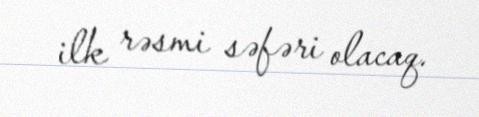
ilk rəsmi səfəri olacaq.